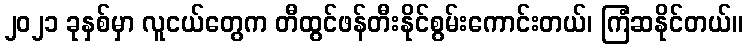
၂၀၂၁ ခုနှစ်မှာ လူငယ်တွေက တီထွင်ဖန်တီးနိုင်စွမ်းကောင်းတယ်၊ ကြံဆနိုင်တယ်။